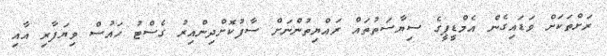
ރަށްތަކަށް ވަޑައިގެން އެމްޑީޕީގެ ސިޔާސަތުތައް ރައްޔިތުންނަށް ސާފުކޮށްދިންއިރު ގެސްޓު ހައުސް ވިޔަފާރި އާއި